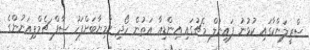
ސްރީލަންކާގައި ކުޅުނު ފައިނަލް މެޗުގައި އިންޑިއާ އަތުން ހޯދި ކާމިޔާބަށްފަހު ސާފް ޗެމްޕިއަނުންގެ